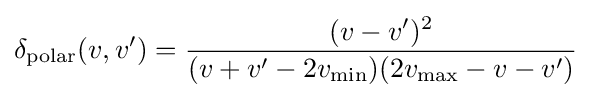
\delta _{\text{polar}}(v,v')={\frac {(v-v')^{2}}{(v+v'-2v_{\min })(2v_{\max }-v-v')}}